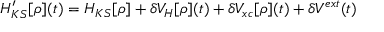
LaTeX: H _ { K S } ^ { \prime } [ \rho ] ( t ) = H _ { K S } [ \rho ] + \delta V _ { H } [ \rho ] ( t ) + \delta V _ { x c } [ \rho ] ( t ) + \delta V ^ { e x t } ( t )